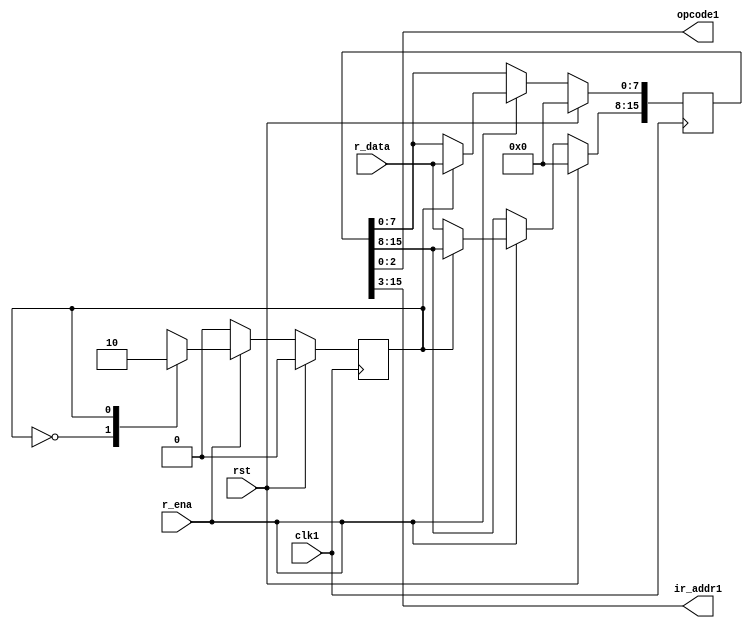
`timescale 1ns / 1ps


module register(
    input [7:0] r_data,
	 input clk1,
	 input r_ena,
	 input rst,
	 output [2:0] opcode1,
	 output [12:0] ir_addr1
    );
	 reg state;
	 reg [15:0] opc_irad;
	 
    assign  opcode1[2:0] = opc_irad[2:0];
	 assign  ir_addr1[12:0] = opc_irad[15:3];
	  
	 always @(posedge clk1)
	  begin
	   if(rst)
		 begin
		  opc_irad<=16'b0000000000000000;
		  state<=1'b0;
		 end
		else
		 begin
		  if(r_ena)
		   begin
			 case(state)
			  1'b0:
			   begin
				 opc_irad[15:8]<=r_data;
				 state<=1;
				end
			  1'b1:
			   begin
				 opc_irad[7:0]<=r_data;
				 state<=0;
				end
			  default:
			   begin
				 opc_irad[15:0]<=16'bxxxxxxxxxxxx;
				 state<=1'bx;
				end
			 endcase
			end
		else
		 state<=1'b0;
	 end
end
endmodule